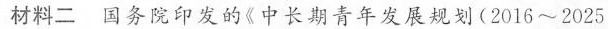
材料二 国务院印发的《中长期青年发展规划(2016~2025